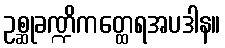
ဥစ္ဆုခဏ္ဍိကတ္ထေရအပဒါန။